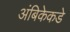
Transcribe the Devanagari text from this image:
अंबिकेकडे